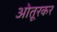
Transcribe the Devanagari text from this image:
ओतूरकर